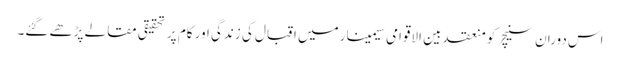
اس دوران سنیچر کو منعقد بین الاقوامی سیمینار میں اقبال کی زندگی اور کام پر تحقیقی مقالے پڑھے ‏گئے۔